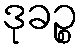
ဒုခဉ္စ